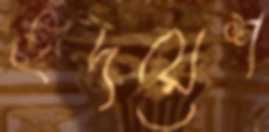
হৃদয়েশ